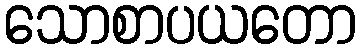
သောစာပယတော